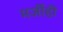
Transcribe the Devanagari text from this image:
मर्जीही